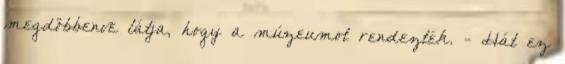
megdöbbenve látja, hogy a múzeumot rendezték. - Hát ez